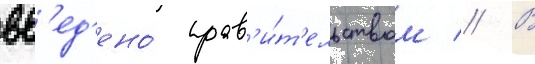
вв'ед'ено́ прав'и́т'ельством // В